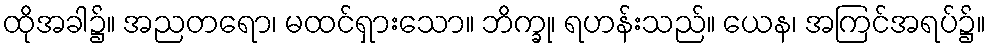
ထိုအခါ၌။ အညတရော၊ မထင်ရှားသော။ ဘိက္ခု၊ ရဟန်းသည်။ ယေန၊ အကြင်အရပ်၌။